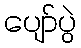
ပျော်ပွဲ